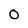
Character: 0